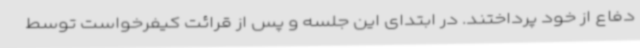
دفاع از خود پرداختند. در ابتدای این جلسه و پس از قرائت کیفرخواست توسط